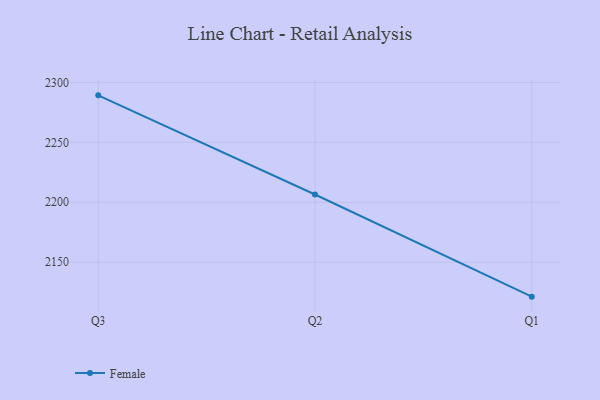
{"axis": {"x": "Quarter", "y": "Production Output"}, "legend": ["Female"], "data": [{"x": "Q3", "y": 2289.2, "type": "Female"}, {"x": "Q2", "y": 2206.5, "type": "Female"}, {"x": "Q1", "y": 2121.3, "type": "Female"}]}